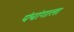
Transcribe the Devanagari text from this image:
पंचांगाला